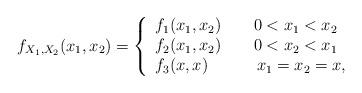
LaTeX: \begin{align*}f_{X_{1},X_{2}}(x_{1},x_{2})=\left\{ \begin{array}{l}f_{1}(x_{1},x_{2})\ \ \ \ \ \ 0<x_{1}<x_{2} \\ f_{2}(x_{1},x_{2})\ \ \ \ \ \ 0<x_{2}<x_{1} \\ f_{3}(x,x)\ \ \ \ \ \ \ \ \ x_{1}=x_{2}=x,\end{array}\right. \end{align*}